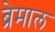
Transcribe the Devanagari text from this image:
ब्रेमाल